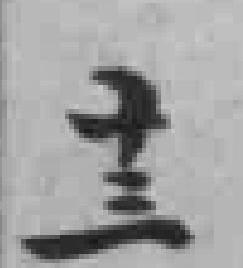
十三